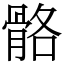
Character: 骼